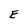
Character: E